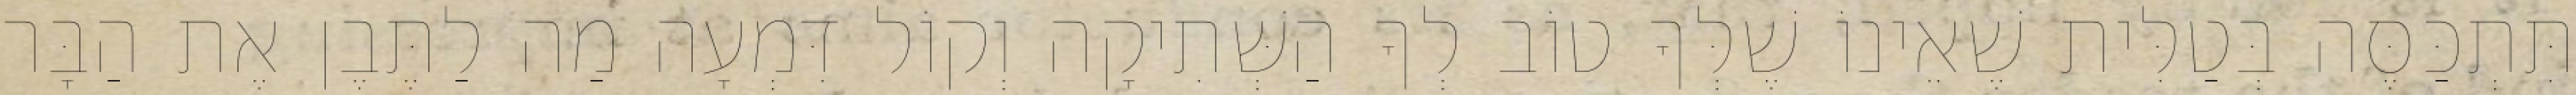
תִּתְכַּסֶּה בְּטַלִּית שֶׁאֵינוֹ שֶׁלְּךָ טוֹב לְךָ הַשְּׁתִיקָה וְקוֹל דִּמְעָה מַה לַתֶּבֶן אֶת הַבָּר